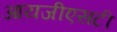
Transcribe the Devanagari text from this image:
आयजीएसटी